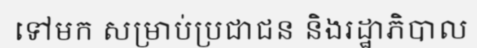
ទៅមក សម្រាប់ប្រជាជន និងរដ្ឋាភិបាល